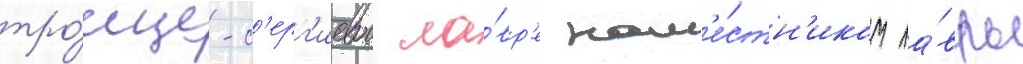
тро́ице-с'ерг'иевои ла́вр'е нам'е́стн'иком ла́вры